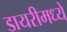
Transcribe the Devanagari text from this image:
डायरीमध्ये